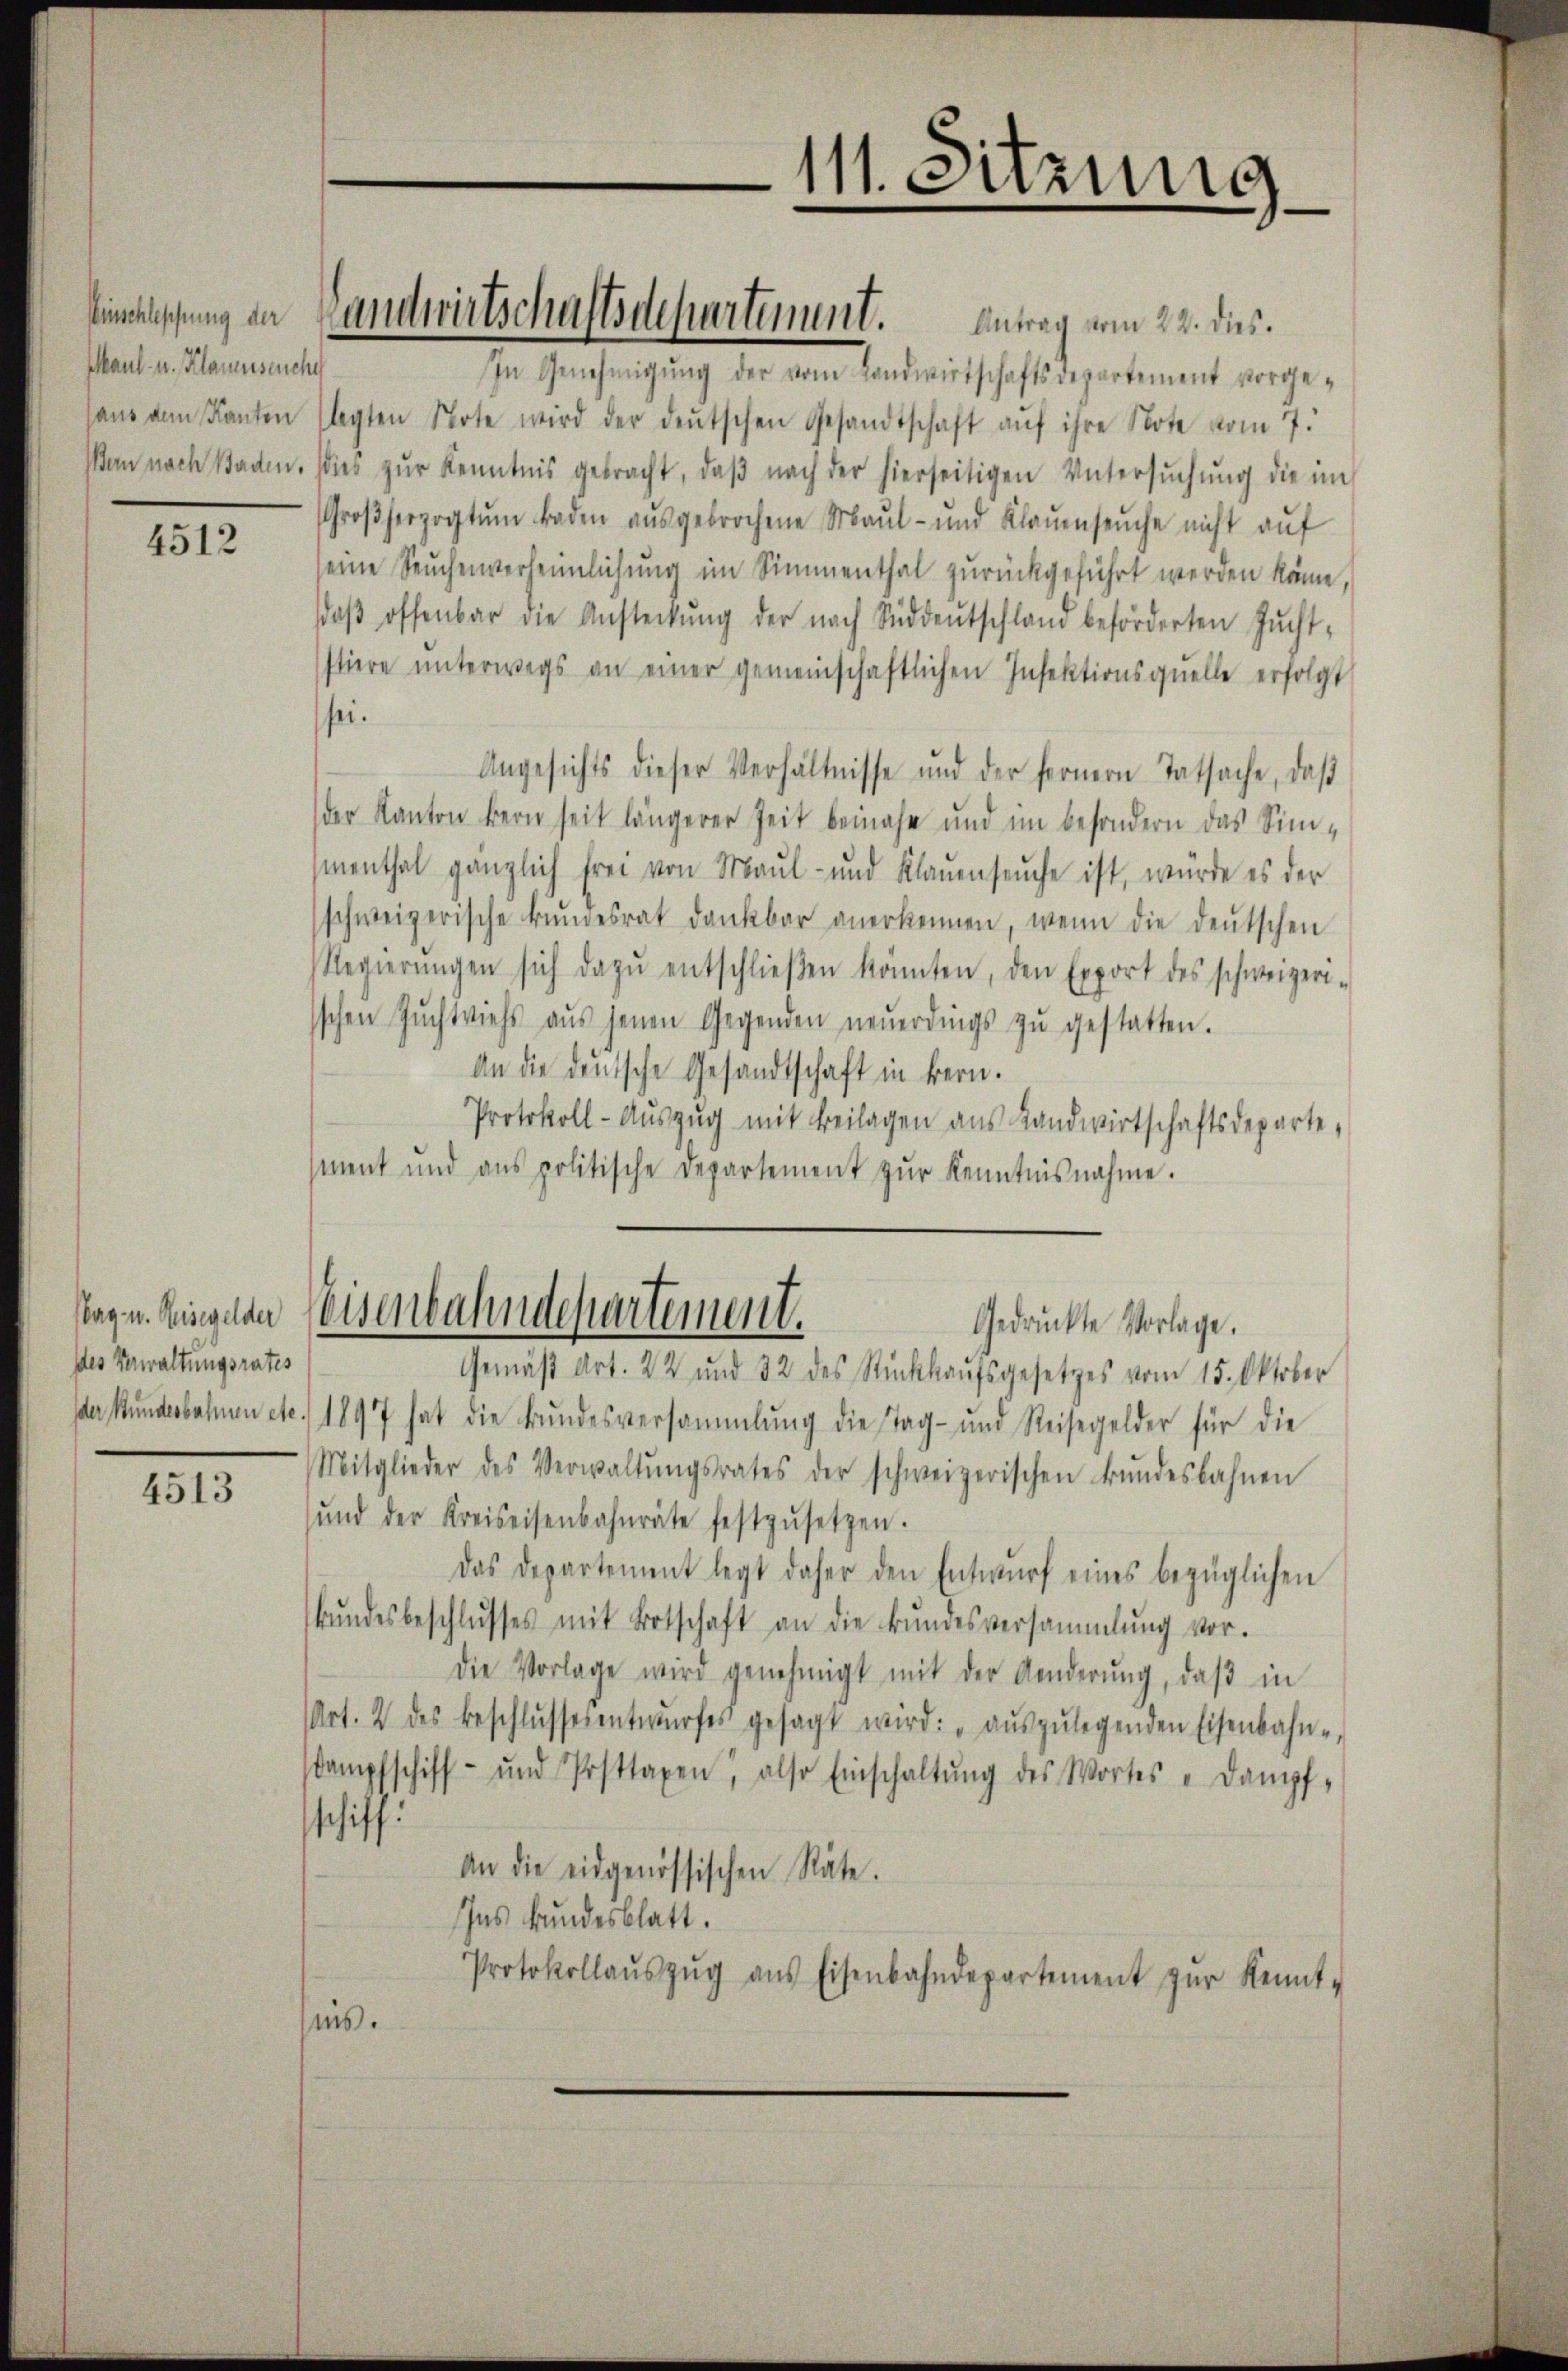
Winschleppung der
Maul- u. Klauenseuche

4512

des Verwaltungsrates

4513

In Genehmigŭng der vom Landwirtschaftsdepartement vorgehaŭs dem Kanton sagten Note wird der deŭtschen Gesandtschaft aŭf ihre Note vom 7.
Bern nach Baden. Dies zŭr Kenntnis gebracht, daβ nach der hierseitigen Untersŭchŭng die im
Groβherzogtŭm baden aŭsgebrochene Maul- und Klaŭenseuche nicht aŭf
seine Seuchenverheimlichung im Simmenthal zurückgeführt werden könne,
doβ offenbar die Ansteckŭng der nach Süddeŭtschland beförderten Zŭcht-
ftiere ŭnterwegs an einer gemeinschaftlichen Insektionsquelle erfolgt
sei.
Angesichts dieser Verhältnisse und der fernern Tatsache, daβ
der Kanton bern seit längerer Zeit beinahe und im besondern das Simmenthal gänzlich frei von Maul- und Klauenseuche ist, würde es der
schweizerische Bŭndesrat dankbar anerkennen, wenn die deŭtschen
Regierŭngen sich dazŭ entschlieβen könnten, den Export des schweizeri-
sschen Zŭchtviehs aŭs jenen Gegenden neŭerdings zŭ gestatten.
An die deutsche Gesandtschaft in Bern.
Protokoll- Aŭszŭg mit Beilagen aus Landwirtschaftsdeparte,
ment und ans politische Departement zŭr Kenntnisnahme.

Landwirtschaftsdepartement. Antrag vom 24. des

111. Sitzung
e

Tag u. Ringelen Weisenbahndepartement.
Gedrückte Vorlage.

Gemäβ Art. 22 und 32 des Rückkaŭfsgesetzes vom 15. Oktober
Ider Bundesbahnen etc. 1897 hat die Bundesversammlung die Tag- und Reisegelder für die
Mitglieder des Verwaltŭngsrates der schweizerischen Bŭndesbahnen
ŭnd der Kreiseisenbahnräte festzŭsetzen.
Das Departement legt daher den Entwurf eines bezüglichen
Bŭndesbeschlŭsses mit Botschaft an die Bŭndesversammlung vor.
die Vorlage wird genehmigt mit der Aenderŭng, daβ in
Art. 2 des Beschlŭssesentwŭrfes gesagt wird: „aŭszŭlegenden Eisenbahne
Dampfschiff- und Posttaxen, also Einschaltŭng des Wortes "Dampf-
schiff.
An die eidgenössischen Räte.
Ins Bundesblatt.
Protokollaŭszŭg aŭs Eisenbahndepartement zŭr Kennt-
is.